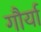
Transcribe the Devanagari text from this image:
गौर्या